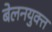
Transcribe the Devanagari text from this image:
बेलनयुक्त